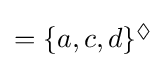
{\textstyle =\lbrace {a,c,d}\rbrace ^{\Diamond }}